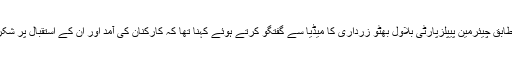
تفصیلات کے مطابق چیئرمین پیپلزپارٹی بلاول بھٹو زرداری کا میڈیا سے گفتگو کرتے ہوئے کہنا تھا کہ کارکنان کی آمد اور ان کے استقبال پر شکریہ ادا کرتا ہوں۔